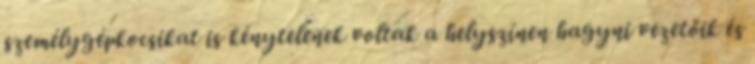
személygépkocsikat is kénytelenek voltak a helyszínen hagyni vezetőik és